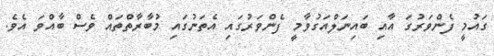
ގައުމީ ފެންވަރުގަ އާއި ބައިނަލްއަގުވާމީ ފެންވަރުގައި އެތަނުގައި މުބާރާތްތައް ވެސް ބާއްވަ އެވެ.